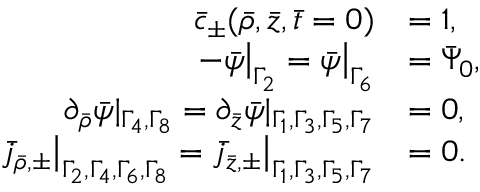
\begin{array} { r l } { \bar { c } _ { \pm } ( \bar { \rho } , \bar { z } , \bar { t } = 0 ) } & { = 1 , } \\ { - \bar { \psi } \big | _ { \Gamma _ { 2 } } = \bar { \psi } \big | _ { \Gamma _ { 6 } } } & { = \bar { \Psi } _ { 0 } , } \\ { \partial _ { \bar { \rho } } \bar { \psi } | _ { \Gamma _ { 4 } , \Gamma _ { 8 } } = \partial _ { \bar { z } } \bar { \psi } | _ { \Gamma _ { 1 } , \Gamma _ { 3 } , \Gamma _ { 5 } , \Gamma _ { 7 } } } & { = 0 , } \\ { \bar { j } _ { \bar { \rho } , \pm } \big | _ { \Gamma _ { 2 } , \Gamma _ { 4 } , \Gamma _ { 6 } , \Gamma _ { 8 } } = \bar { j } _ { \bar { z } , \pm } \big | _ { \Gamma _ { 1 } , \Gamma _ { 3 } , \Gamma _ { 5 } , \Gamma _ { 7 } } } & { = 0 . } \end{array}